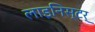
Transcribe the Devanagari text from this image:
लाइनिस्टर्